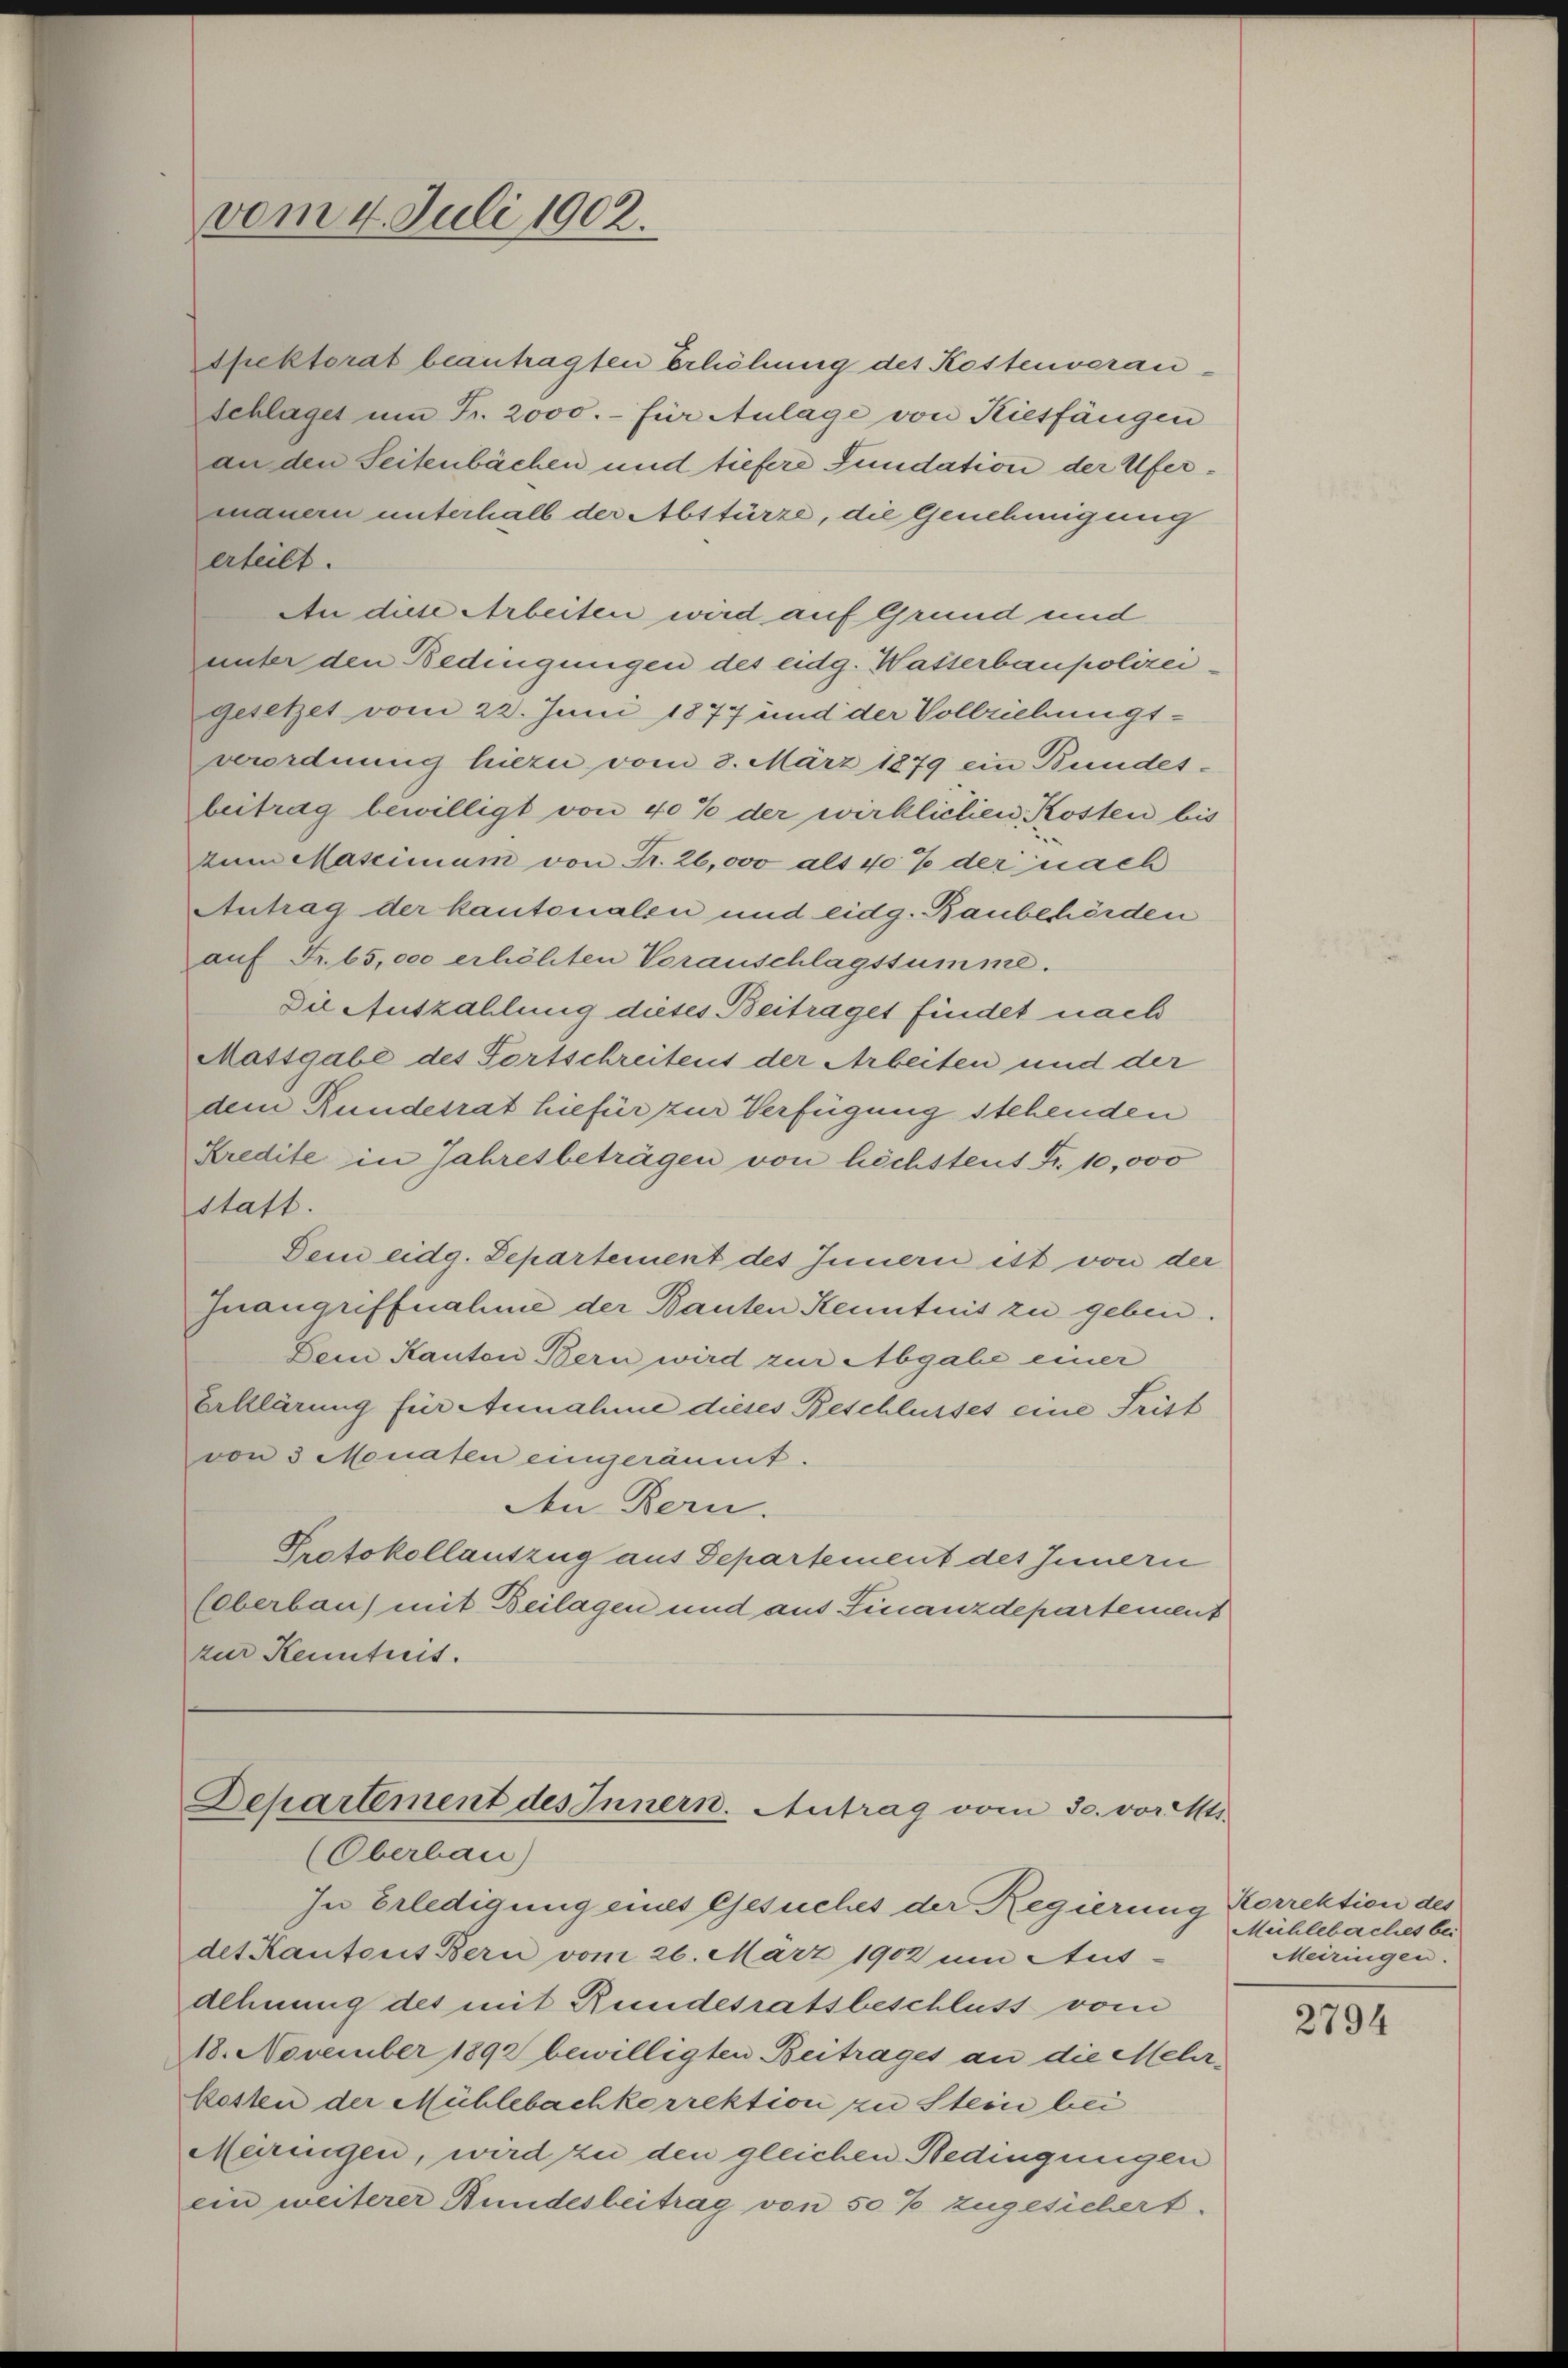
dhektorat beantragten Erhöhung des Kostenveran¬
Schlaget um Fr. 2000.- für Aulage von Kiesfängen
an den Seitenbächen und tiefere Fundation der Ufermauern unterhalb der Abstürze, die Genehmigung
erteilt.
An diese Arbeiten wird auf Grund und
unter den Bedingungen des eidg. Wasterbaupolizei
Gesetzet vom 22. Juni 1877 und der Vollziehungsverordnung hiezu vom 3. März 1879 ein Bundes-
beitrag bewilligt von 40% der wirklichen Kosten bis
tum Mascimum von Fr. 26,000 als 40% der nach
Antrag der kantonalen und eidg. Baubehörden
aŭf Fr. 65,000 erhöhten Vorauschlagssumme.
Die Auszahlung dieses Beitraget findet nach
Mattgabe des Fortschreitens der Arbeiten und der
dem Rundesrat hiefür zur Verfügung stehenden
Kredite in Jahresbeträgen von höchstent Fr. 10,000
statt.
Dem eidg. Separtement des Innern ist von der
Inangriffnahme der Bauten Kenntnis zu geben.
Dem Kanton Bern wird zur Abgabe einer
Erklärung für Annahme dieses Beschlusses eine Frist
von 3 Monaten eingeräumt.
Den Bern.
Protokollauszug aus Departement des Innern
Eberbau) mit Beilagen und aus Finanzdepartement
zur Kenntnis.

vom 4. Juli 1902.

Departement des Innern. Antrag vom 30. vor Mi
(Oberbau)
In Erledigung eines Gesuches der Regierung Korrektion des

des Kantons Bern vom 26. März 1902 um Aus-
Aehnung des mit Rundesratsbeschluss vom
18. November 1892 bewilligten Beitrages an die Mehr-
kosten der Mühlebachkorrektion zu Stein bei
Meringen, wird zu den gleichen Bedingungen
ein weiterer Bundesbeitrag von 50% zugesichert.

Mühlebaches bei
Meiringen.

2794